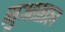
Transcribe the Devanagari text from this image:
सुआताल